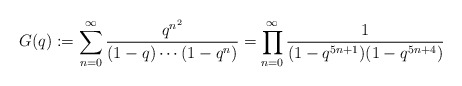
\begin{align*}G(q):=\sum_{n=0}^\infty\frac{q^{n^2}}{(1-q)\cdots(1-q^n)}=\prod_{n=0}^\infty\frac{1}{(1-q^{5n+1})(1-q^{5n+4})}\end{align*}